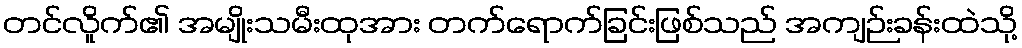
တင်လိူက်၏ အမျိုးသမီးထုအား တက်ရောက်ခြင်းဖြစ်သည် အကျဉ်းခန်းထဲသို့